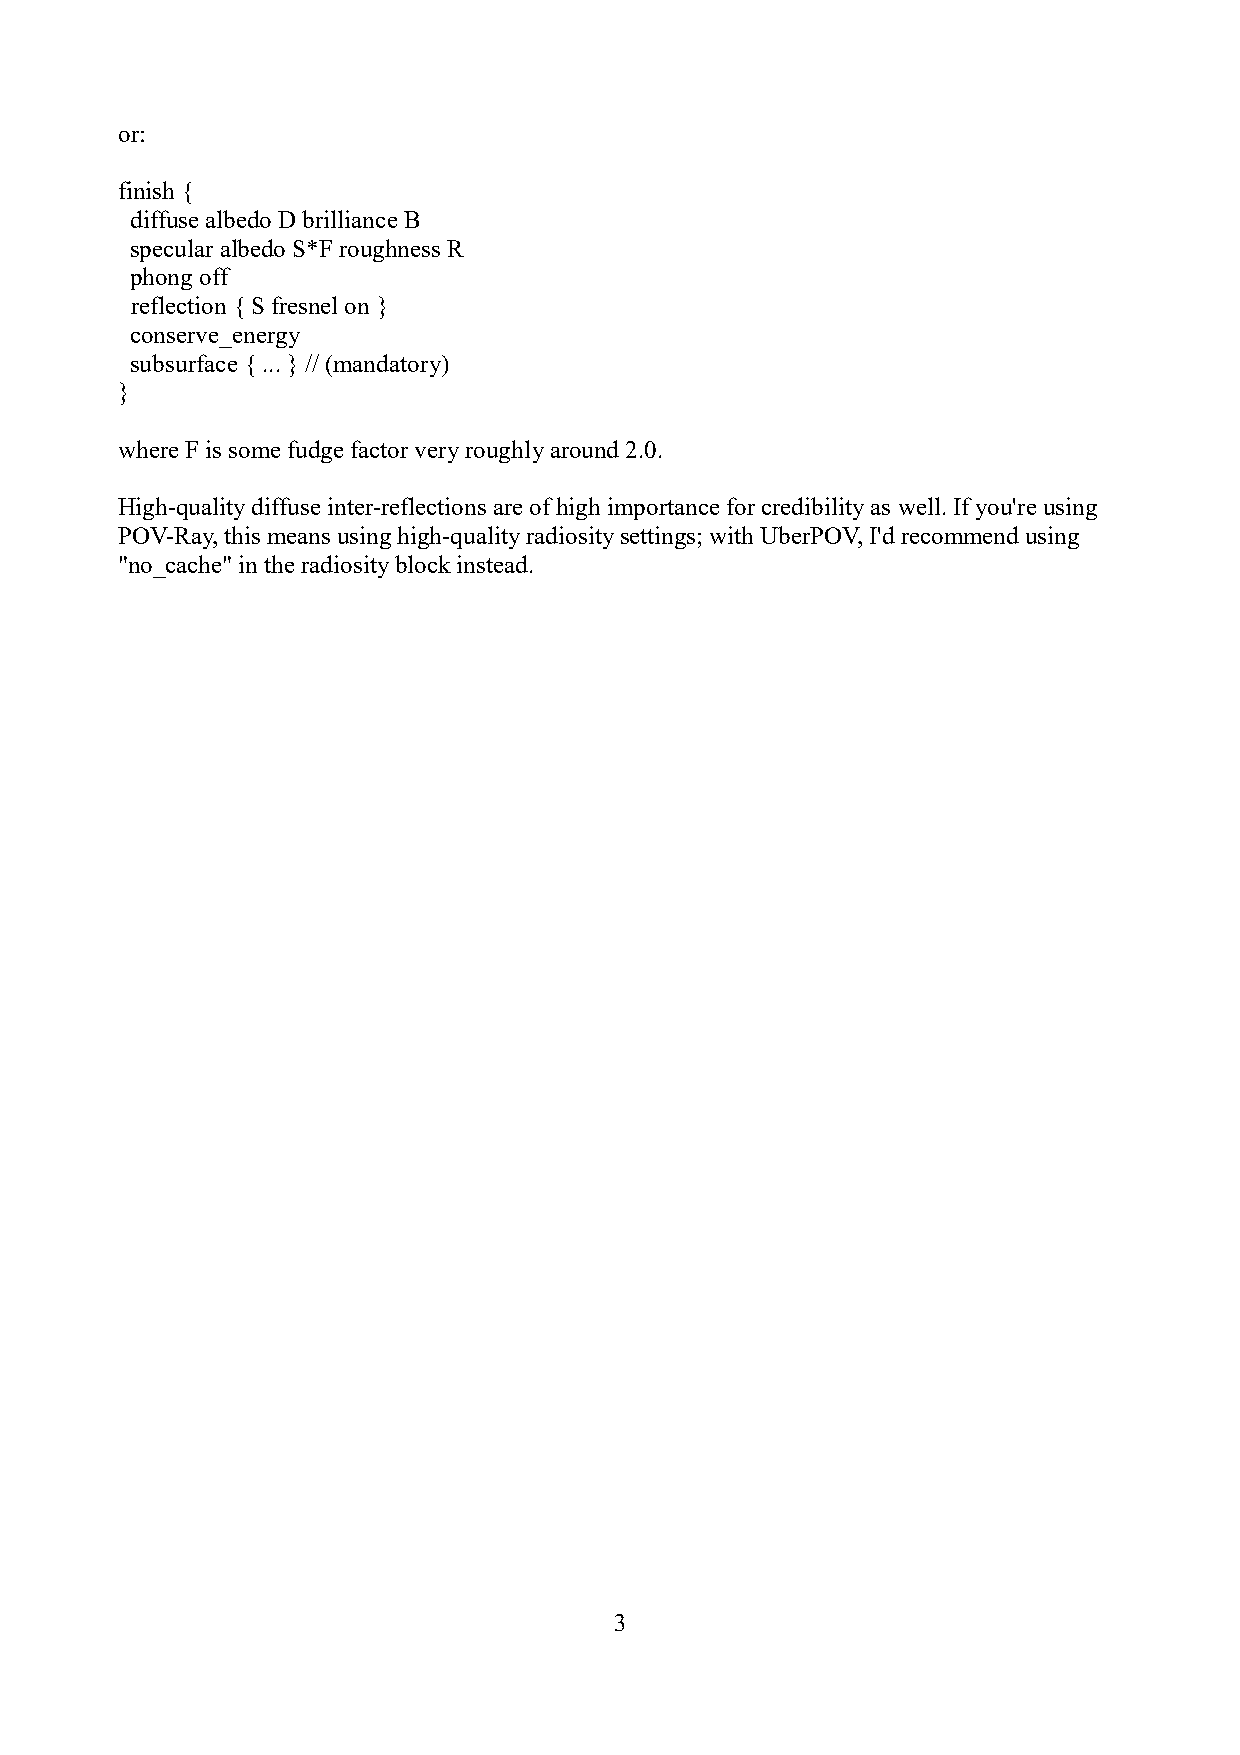
or:
 finish {
 diffuse albedo D brilliance B
 specular albedo S*F roughness R
 phong off
 reflection { S fresnel on }
 conserve_energy
 subsurface { ... } // (mandatory)
 }
 where F is some fudge factor very roughly around 2.0.
 High-quality diffuse inter-reflections are of high importance for credibility as well. If you're using
 POV-Ray, this means using high-quality radiosity settings; with UberPOV, I'd recommend using
 "no_cache" in the radiosity block instead.
 3